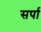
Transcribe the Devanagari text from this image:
सर्पा